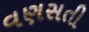
વણસતી